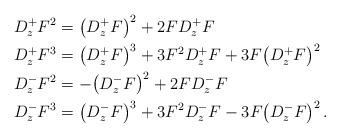
LaTeX: \begin{align*} D^+_zF^2&=\bigl(D^+_zF\bigr)^2+2F D^+_zF\\ D^+_zF^3&=\bigl(D^+_zF\bigr)^3+3F^2 D^+_zF+3F\bigl(D^+_zF\bigr)^2\\ D^-_zF^2&=-\bigl(D^-_zF\bigr)^2+2F D_z^- F\\ D^-_zF^3&=\bigl(D^-_zF\bigr)^3+3F^2D^-_zF-3F\bigl(D^-_z F\bigr)^2\,.\end{align*}